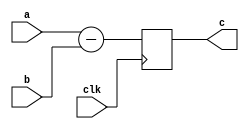
module operation
#(parameter op = 1'b1)
(clk,a,b,c);
input [3:0] a,b;
output reg [4:0] c;
input clk;
 
parameter add = 1'b0;
parameter sub = 1'b1;
wire [4:0] c_r;
generate 
	if( op == add ) begin 
		assign c_r = a + b;
	end
	else if( op == sub) begin 
		assign c_r = a - b;
	end
endgenerate 

always @(posedge clk) begin 
	c <= c_r;
end
endmodule